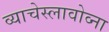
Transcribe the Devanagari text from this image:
व्याचेस्लावोव्ना